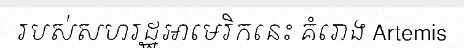
របស់សហរដ្ឋអាមេរិកនេះ គំរោង Artemis